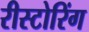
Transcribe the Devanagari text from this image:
रीस्टोरिंग